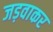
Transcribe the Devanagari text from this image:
जड़वाकर